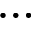
\ldots